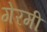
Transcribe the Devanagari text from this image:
गेरमी